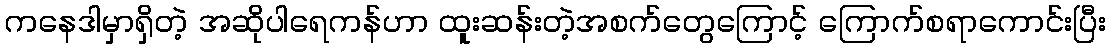
ကနေဒါမှာရှိတဲ့ အဆိုပါရေကန်ဟာ ထူးဆန်းတဲ့အစက်တွေကြောင့် ကြောက်စရာကောင်းပြီး